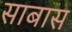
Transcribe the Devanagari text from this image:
साबास